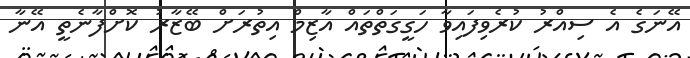
އޭނަގެ އެ ސިއްރު ކުރެވިފައިވާ ހަގީގަތްތައް އާޒިމް އިތުރަށް ބޭޒާރު ކޮށްފާނެތީ އޭނާ